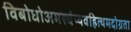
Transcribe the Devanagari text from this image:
विबोधोअमर्स्चप्यवहित्थमदोग्रता